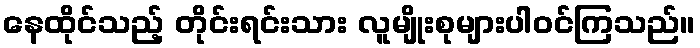
နေထိုင်သည့် တိုင်းရင်းသား လူမျိုးစုများပါဝင်ကြသည်။